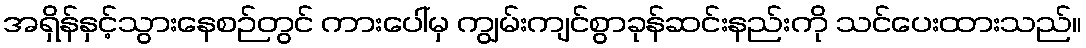
အရှိန်နှင့်သွားနေစဉ်တွင် ကားပေါ်မှ ကျွမ်းကျင်စွာခုန်ဆင်းနည်းကို သင်ပေးထားသည်။